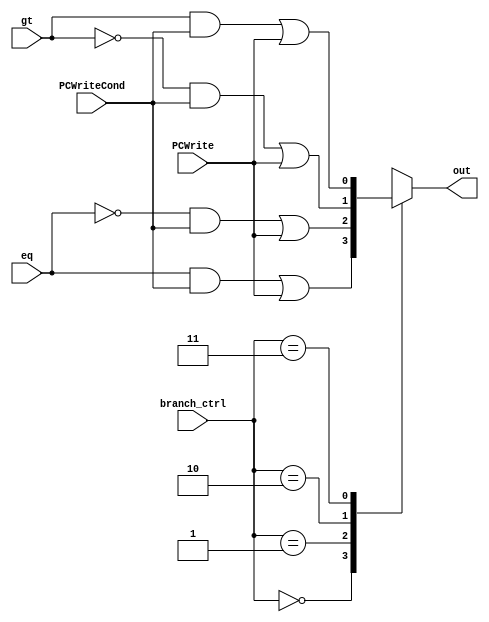
module mux_branch_ctrl(
    input wire [1:0] branch_ctrl,
    input wire gt,
    input wire eq,
    input wire PCWrite,
    input wire PCWriteCond,

    output reg out
);

always@(*) begin
    case (branch_ctrl)
        2'b00: out = (eq & PCWriteCond) | PCWrite ; // beq
        2'b01: out = (~eq & PCWriteCond) | PCWrite; // bne
        2'b10: out = (~gt & PCWriteCond) | PCWrite; // ble
        2'b11: out = (gt & PCWriteCond) | PCWrite ; // bgt
    endcase

  end

endmodule